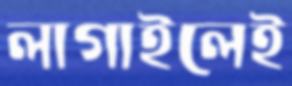
লাগাইলেই